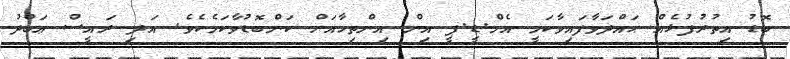
ބޮޑު އިތުރުފުޅެއް ޙައްދަވާފައިވާކަމީ އެމް.ޑީ.ޕީ އިން އިންތިހާއަށް ކަންބޮޑުވާކަމެކެވެ. އަދި ރައީސް ޢަބްދު